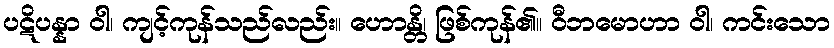
ပဋိပန္နာ ဝါ၊ ကျင့်ကုန်သည်လည်း။ ဟောန္တိ၊ ဖြစ်ကုန်၏။ ဝီဘမောဟာ ဝါ၊ ကင်းသော